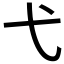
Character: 弋